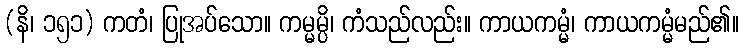
(နိ၊ ၁၅၁) ကတံ၊ ပြုအပ်သော။ ကမ္မမ္ပိ၊ ကံသည်လည်း။ ကာယကမ္မံ၊ ကာယကမ္မံမည်၏။